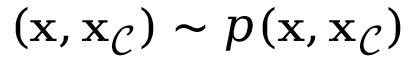
( \mathbf { x } , \mathbf { x } _ { \mathcal { C } } ) \sim p ( \mathbf { x } , \mathbf { x } _ { \mathcal { C } } )